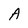
Character: A